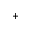
^ +